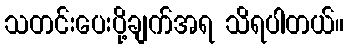
သတင်းပေးပို့ချက်အရ သိရပါတယ်။